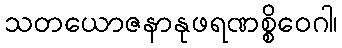
သတယောဇနာနုဖရဏစ္စိဝေဂါ၊